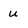
Character: u